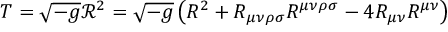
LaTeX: T = { \sqrt { - g } } { \mathcal { R } } ^ { 2 } = { \sqrt { - g } } \left( R ^ { 2 } + R _ { \mu \nu \rho \sigma } R ^ { \mu \nu \rho \sigma } - 4 R _ { \mu \nu } R ^ { \mu \nu } \right)